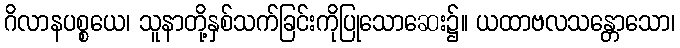
ဂိလာနပစ္စယေ၊ သူနာတို့နှစ်သက်ခြင်းကိုပြုသောဆေး၌။ ယထာဗလသန္တောသော၊